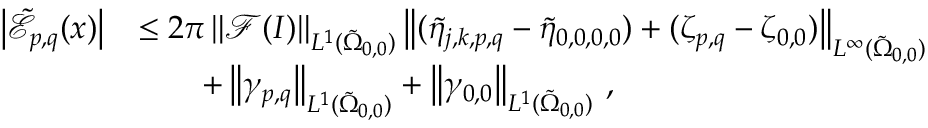
\begin{array} { r l } { \left\vert \tilde { \mathcal { E } } _ { p , q } ( \boldsymbol { x } ) \right\vert } & { \leq 2 \pi \left\| \mathcal { F } ( I ) \right\| _ { L ^ { 1 } ( \tilde { \Omega } _ { 0 , 0 } ) } \left\| ( \tilde { \eta } _ { j , k , p , q } - \tilde { \eta } _ { 0 , 0 , 0 , 0 } ) + ( \zeta _ { p , q } - \zeta _ { 0 , 0 } ) \right\| _ { L ^ { \infty } ( \tilde { \Omega } _ { 0 , 0 } ) } } \\ & { \qquad + \left\| \gamma _ { p , q } \right\| _ { L ^ { 1 } ( \tilde { \Omega } _ { 0 , 0 } ) } + \left\| \gamma _ { 0 , 0 } \right\| _ { L ^ { 1 } ( \tilde { \Omega } _ { 0 , 0 } ) } \, , } \end{array}